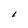
Character: I